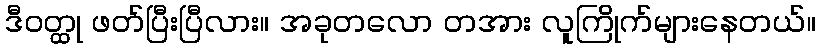
ဒီဝတ္ထု ဖတ်ပြီးပြီလား။ အခုတလော တအား လူကြိုက်များနေတယ်။